Medical and sanitary report of the native army of Madras for the year
Year: 1872
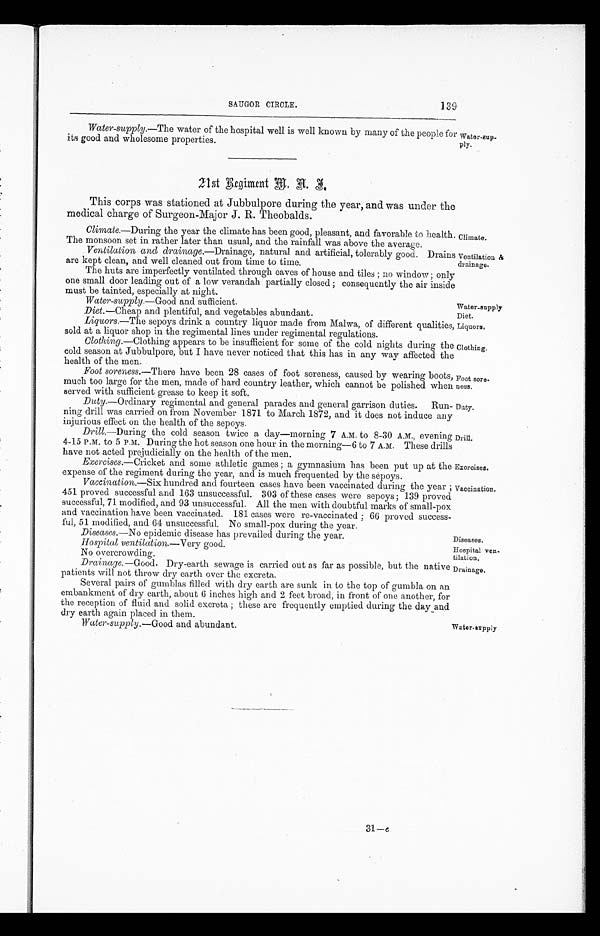
SAUGOR CIRCLE.
139
Climate.
Ventilation &
drainage.
Water-supply
Diet.
Liquors.
Clothing.
Foot sore-
ness.
Duty.
Drill.
Exeroises.
Vaccination.
Diseases.
Hospital ven
-
tilation.
Water-supply .—Good and abundant.
Water-supply
Water-supply .—The water of the hospital well is well known by many of the people for
its good and wholesome properties.
21st Regiment M.A.I.
This corps was stationed at Jubbulpore during the year, and was under the
medical charge of Surgeon-Major J. R. Theobalds.
Climate .—During the year the climate has been good, pleasant, and favorable to health.
The monsoon set in rather later than usual, and the rainfall was above the average.
Ventilation and drainage .—Drainage, natural and artificial, tolerably good. Drains
are kept clean, and well cleaned out from time to time.
The huts are imperfectly ventilated through eaves of house and tiles; no window; only
one small door leading out of a low verandah partially closed; consequently the air inside
must be tainted, especially at night.
Water-sup-
ply.
Water-supply .—Good and sufficient.
Diet .—Cheap and plentiful, and vegetables abundant.
Liquors .—The sepoys drink a country liquor made from Malwa, of different qualities
sold at a liquor shop in the regimental lines under regimental regulations.
Clothing .—Clothing appears to be insufficient for some of the cold nights during the
cold season at Jubbulpore, but I have never noticed that this has in any way affected the
of the men.
Foot soreness .—There have been 28 cases of foot soreness, caused by wearing boots,
much too large for the men, made of hard country leather, which cannot be polished when
served with sufficient grease to keep it soft.
Duty .—Ordinary regimental and general parades and general garrison duties. Run
-
ning drill was carried on from November 1871 to March 1872, and it does not induce any
injurious effect on the health of the sepoys.
Drill .—During the cold season twice a day—morning 7 A.M. to 8-30 A.M., evening
4-15 P.M. to 5 P.M. During the hot season one hour in the morning—6 to 7 A.M. These drills
have not acted prejudicially on the health of the men.
Exercises .—Cricket and some athletic games; a gymnasium has been put up at the
expense of the regiment during the year, and is much frequented by the sepoys.
Vaccination .—Six hundred and fourteen cases have been vaccinated during the year;
451 proved successful and 163 unsuccessful. 303 of these cases were sepoys; 139 proved
successful, 71 modified, and 93 unsuccessful. All the men with doubtful marks of small-pox
and vaccination have been vaccinated. 181 cases were re-vaccinated; 66 proved success
-
ful, 51 modified, and 64 unsuccessful. No small-pox during the year.
Diseases .—No epidemic disease has prevailed during the year.
Hospital ventilation .—Very good.
No overcrowding.
Drainage .—Good. Dry-earth sewage is carried out as far as possible, but the native
patients will not throw dry earth over the excreta.
Several pairs of gumblas filled with dry earth are sunk in to the top of gumbla on an
embankment of dry earth, about 6 inches high and 2 feet broad, in front of one another, for
the reception of fluid and solid excreta; these are frequently emptied during the day and
dry earth again placed in them.
Drainage.
31—e